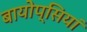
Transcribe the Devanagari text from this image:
बायोप्सियां